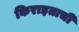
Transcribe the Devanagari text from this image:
किराइताचीं